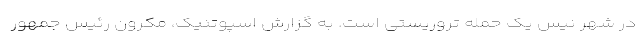
در شهر نیس یک حمله تروریستی است. به گزارش اسپوتنیک، مکرون رئیس جمهور